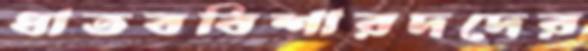
ধাতববিশারদদের